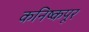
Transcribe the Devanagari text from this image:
कनिष्कपूर